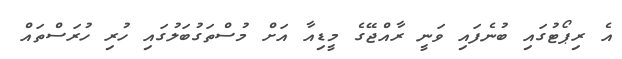
އެ ރިޕޯޓުގައި ބުނެފައި ވަނީ ރާއްޖޭގެ މީޑިއާ އަށް މުސްތަގުބަލުގައި ހުރި ހުރަސްތައް